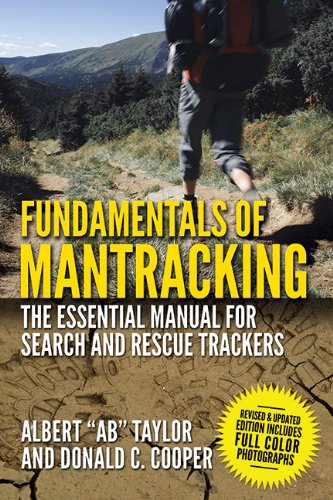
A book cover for Fundamentals of Mantracking: The Step-by-Step Method: An Essential Primer for Search and Rescue Trackers; Albert "Ab" Taylor; Reference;